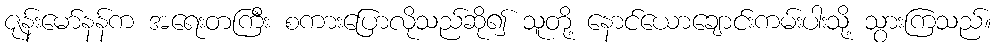
ဇုန်းမော်နန်က အရေးတကြီး စကားပြောလိုသည်ဆို၍ သူတို့ နောင်ယောချောင်းကမ်းပါးသို့ သွားကြသည်။